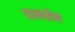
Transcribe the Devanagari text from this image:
रामशेष